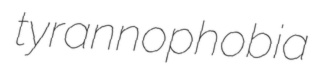
tyrannophobia